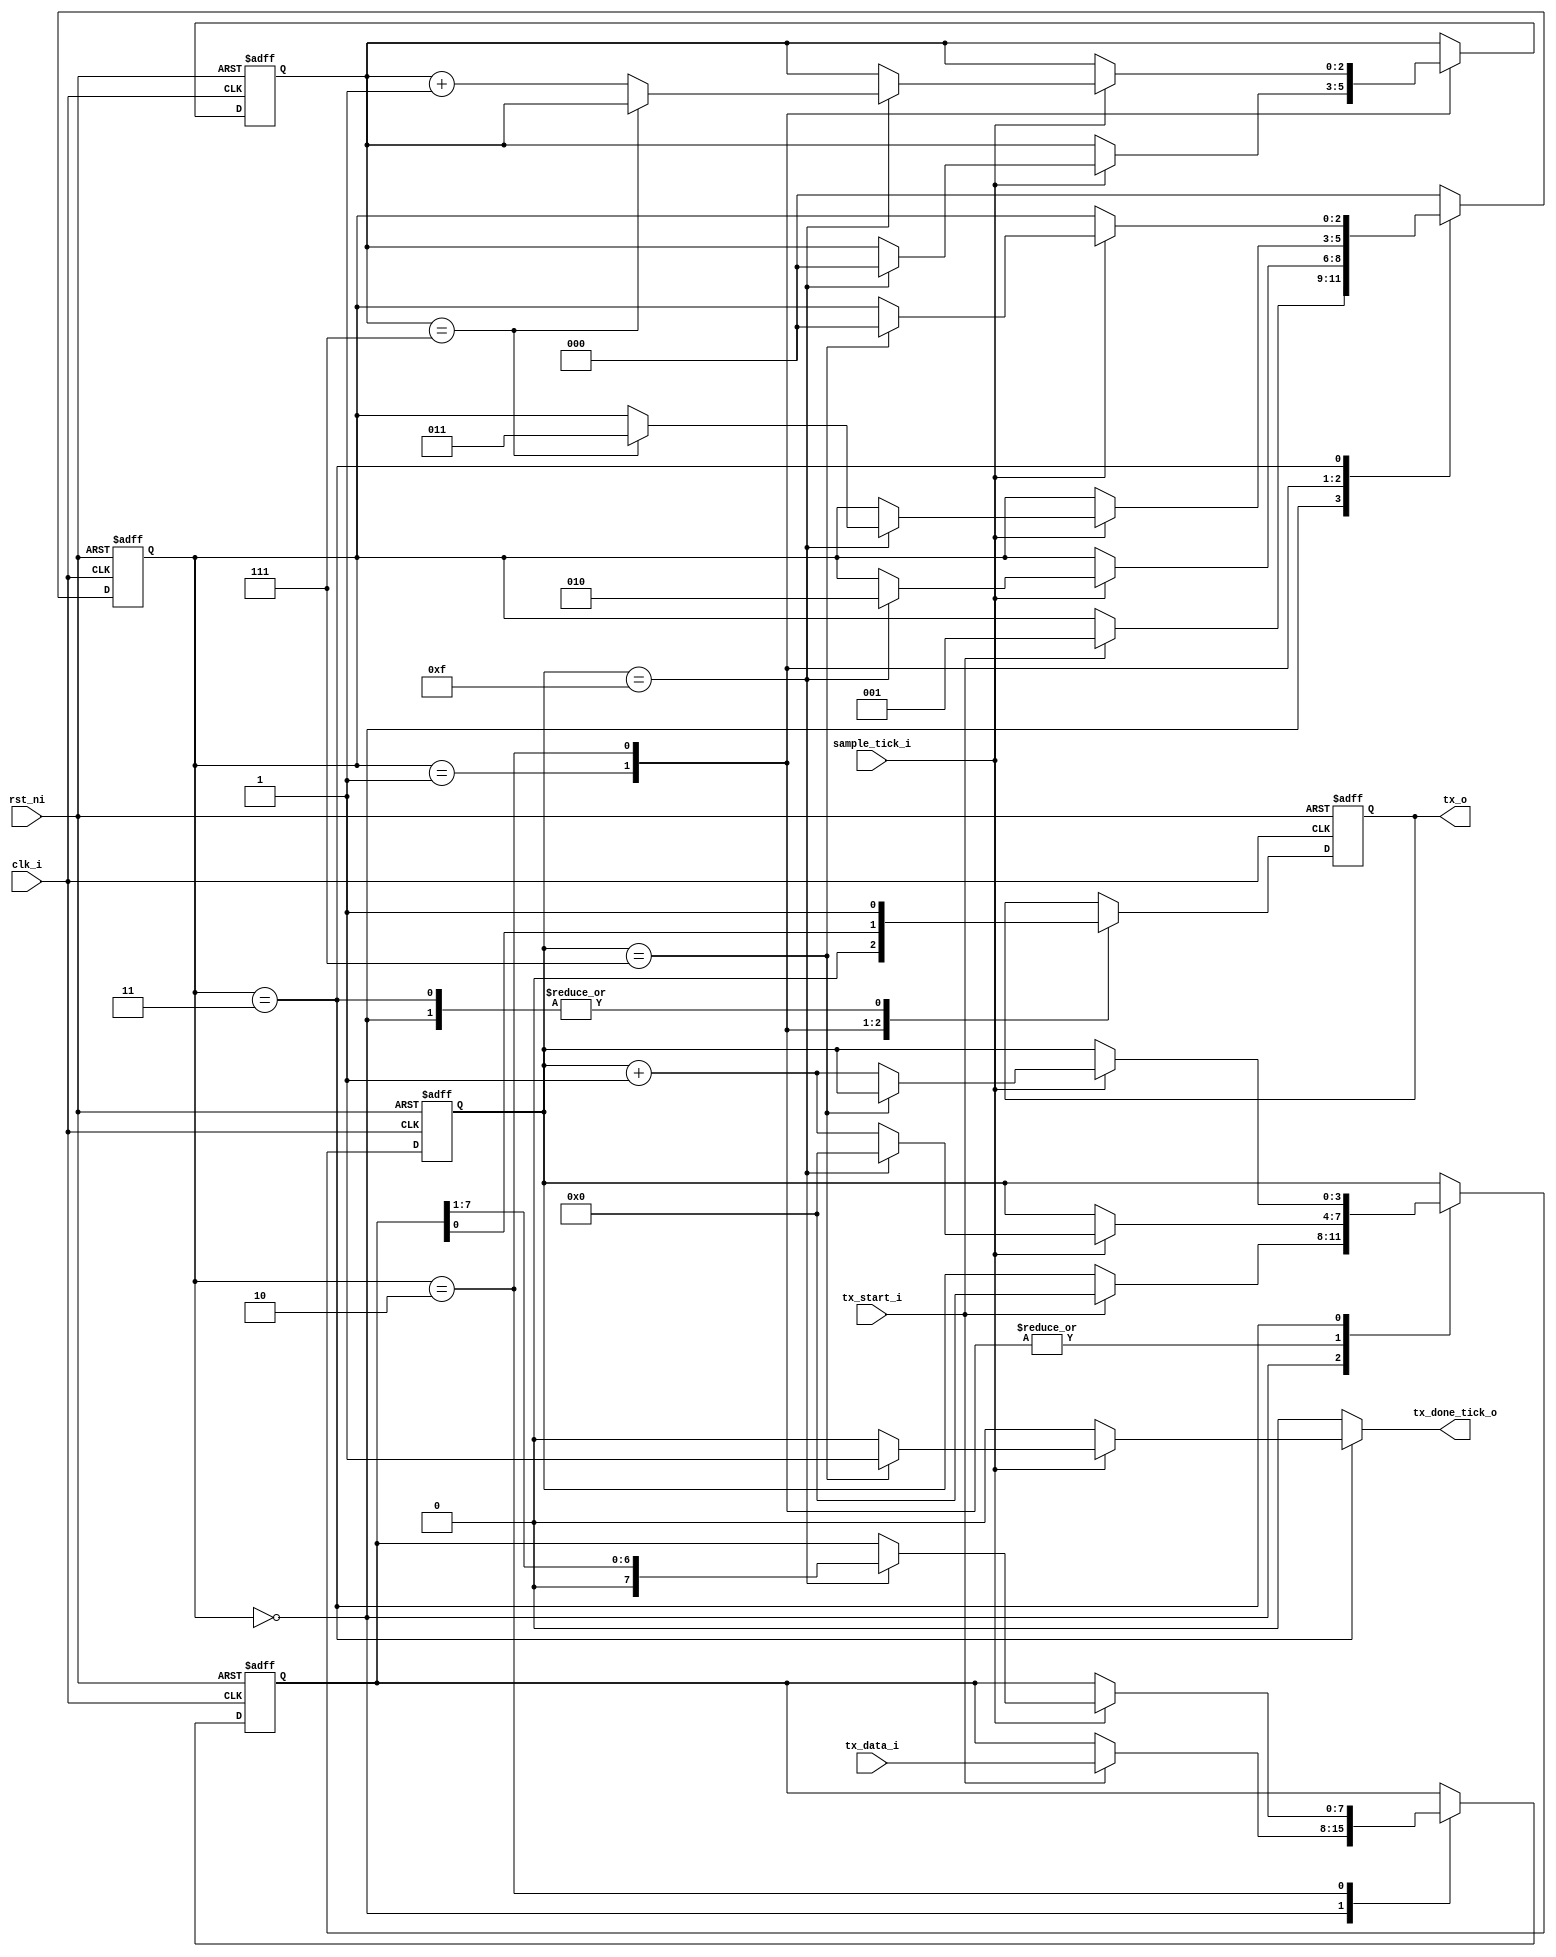
/* Filename : uart_tx.v
 * Simulator: ModelSim - Intel FPGA Edition vsim 2020.1
 * Complier : Quartus Prime - Standard Edition 20.1.1
 *
 * This file contains the UART Transmitter. It is able to transmit 8 bits of
 * serial data, one start bit, one stop bit, and no parity bit. When transmit is
 * complete tx_done_tick_o will be driven high for one clock cycle.
 *
 * The source code is modified from:
 * Pong P. Chu - FPGA Prototyping By Verilog Examples
 */

module uart_tx #(
  parameter DATA_BITS = 8,
  parameter STOP_TICK = 16
) (
  input                 clk_i,
  input                 rst_ni,
  input                 sample_tick_i,
  input                 tx_start_i,
  input [DATA_BITS-1:0] tx_data_i,
  output                tx_o,
  output reg            tx_done_tick_o
);

// Define the states
localparam [1:0]    S_IDLE  = 2'b00;
localparam [1:0]    S_START = 2'b01;
localparam [1:0]    S_DATA  = 2'b10;
localparam [1:0]    S_STOP  = 2'b11;

// Declare state reg
reg [2:0]           state_reg, state_next;
reg [3:0]           tick_count_reg, tick_count_next; // sample_tick_i counter
reg [2:0]           data_count_reg, data_count_next; // data bit counter
reg [DATA_BITS-1:0] data_buf_reg, data_buf_next;     // data buf
reg                 tx_reg, tx_next;

// Body
// FSMD state & data registers
always @(posedge clk_i or negedge rst_ni) begin
  if (~rst_ni)
    begin
      state_reg      <= S_IDLE;
      tick_count_reg <= 0;
      data_count_reg <= 0;
      data_buf_reg   <= 0;
      tx_reg         <= 1'b1;
    end
  else
    begin
      state_reg      <= state_next;
      tick_count_reg <= tick_count_next;
      data_count_reg <= data_count_next;
      data_buf_reg   <= data_buf_next;
      tx_reg         <= tx_next;
    end
end

// FSMD next-state logic
always @(*) begin
  state_next      = state_reg;
  tick_count_next = tick_count_reg;
  data_count_next = data_count_reg;
  data_buf_next   = data_buf_reg;
  tx_next         = tx_reg;
  tx_done_tick_o  = 1'b0;

  case (state_reg)
    // S_IDLE: waiting for the tx_start_i
    S_IDLE: begin
      tx_next = 1'b1; // idle state is high level
      if (tx_start_i)
        begin
          state_next      = S_START;
          tick_count_next = 0;
          data_buf_next   = tx_data_i;
        end
    end // case: S_IDLE

    // S_START: transmit the start bit
    S_START: begin
      tx_next = 1'b0;
      if (sample_tick_i)
        begin
          if (tick_count_reg == 15)
            begin
              state_next      = S_DATA;
              tick_count_next = 0;
              data_count_next = 0;
            end
          else
            tick_count_next = tick_count_reg + 1'b1;
        end
    end // case: S_START

    // S_DATA: transmit the 8 data bits
    S_DATA: begin
      tx_next = data_buf_reg[0]; // transmit LSB first
      if (sample_tick_i)
      begin
        if (tick_count_reg == 15)
          begin
            tick_count_next = 0;
            data_buf_next   = data_buf_reg >> 1;
            if (data_count_reg == (DATA_BITS - 1))
              state_next = S_STOP;
            else
              data_count_next = data_count_reg + 1'b1;
          end
        else
          tick_count_next = tick_count_reg + 1'b1;
      end
    end // case: S_DATA

    // S_STOP: transmit the stop bit, and assert tx_done_tick_o
    S_STOP: begin
      tx_next = 1'b1;
      if (sample_tick_i)
        begin
          if (tick_count_reg == ((STOP_TICK - 1) / 2))
            begin
              state_next     = S_IDLE;
              tx_done_tick_o = 1'b1;
            end
          else
            tick_count_next = tick_count_reg + 1'b1;
        end
    end // case S_STOP

    default: state_next = S_IDLE;
  endcase
end

   // Output
   assign tx_o = tx_reg;

endmodule